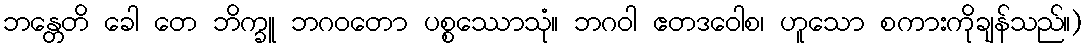
ဘန္တေတိ ခေါ တေ ဘိက္ခူ ဘဂဝတော ပစ္စဿောသုံ။ ဘဂဝါ ဧတဒဝေါစ၊ ဟူသော စကားကိုချန်သည်။)